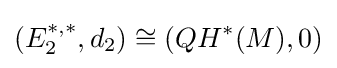
(E_{2}^{*,*},d_{2})\cong (QH^{*}(M),0)